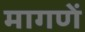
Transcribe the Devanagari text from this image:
मागणें